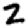
Digit: 2